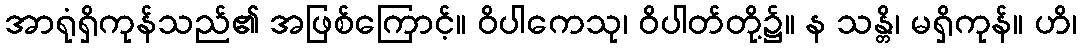
အာရုံရှိကုန်သည်၏ အဖြစ်ကြောင့်။ ဝိပါကေသု၊ ဝိပါတ်တို့၌။ န သန္တိ၊ မရှိကုန်။ ဟိ၊